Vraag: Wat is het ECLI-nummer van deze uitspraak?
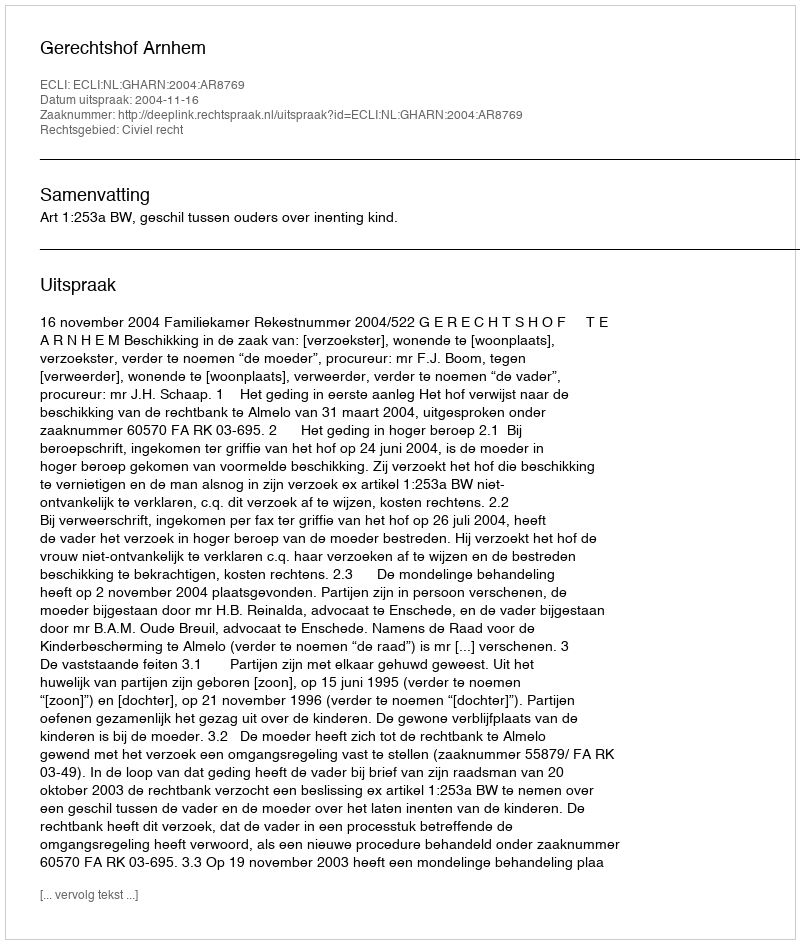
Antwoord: ECLI:NL:GHARN:2004:AR8769